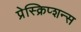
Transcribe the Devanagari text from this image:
प्रेस्क्रिप्शन्स